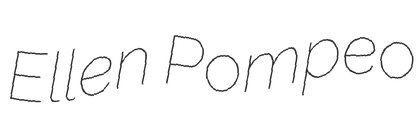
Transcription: Ellen Pompeo